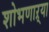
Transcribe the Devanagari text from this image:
शोभणाऱ्या